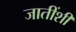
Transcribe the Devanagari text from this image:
जातींशीं